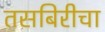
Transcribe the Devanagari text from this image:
तसबिरीचा